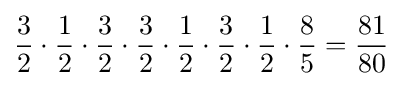
{3 \over 2}\cdot {1 \over 2}\cdot {3 \over 2}\cdot {3 \over 2}\cdot {1 \over 2}\cdot {3 \over 2}\cdot {1 \over 2}\cdot {8 \over 5}={81 \over 80}